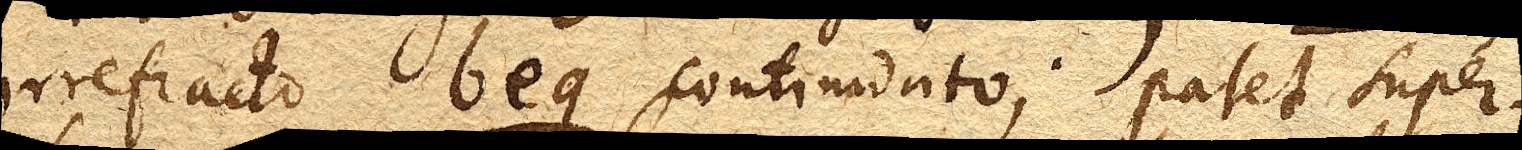
irrefracto beg continuato; patet super–